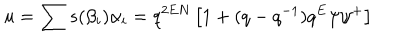
u = \sum s ( \beta _ { i } ) \alpha _ { i } = q ^ { 2 E N } \left[ 1 + ( q - q ^ { - 1 } ) q ^ { E } \psi \psi ^ { + } \right]